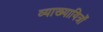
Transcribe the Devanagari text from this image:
व्याख्यायित्रों